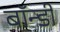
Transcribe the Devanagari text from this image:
बॉन्डी